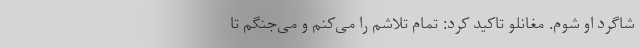
شاگرد او شوم. مغانلو تاکید کرد: تمام تلاشم را می‌کنم و می‌جنگم تا